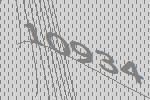
10934